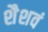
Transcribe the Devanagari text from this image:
शैशवं